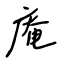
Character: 庵